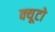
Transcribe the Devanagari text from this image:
क्यूटो